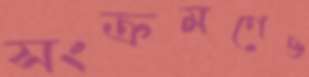
সংক্রমণেও